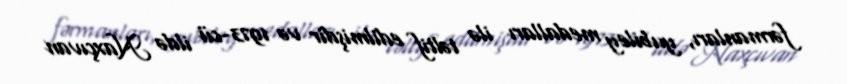
fərmanları, yubiley medalları ilə təltif edilmişdir və 1973-cü ildə Naxçıvan